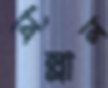
বিল্লাল